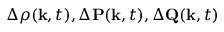
\Delta \rho ( { \bf k } , t ) , \Delta { \bf P } ( { \bf k } , t ) , \Delta { \bf Q } ( { \bf k } , t )